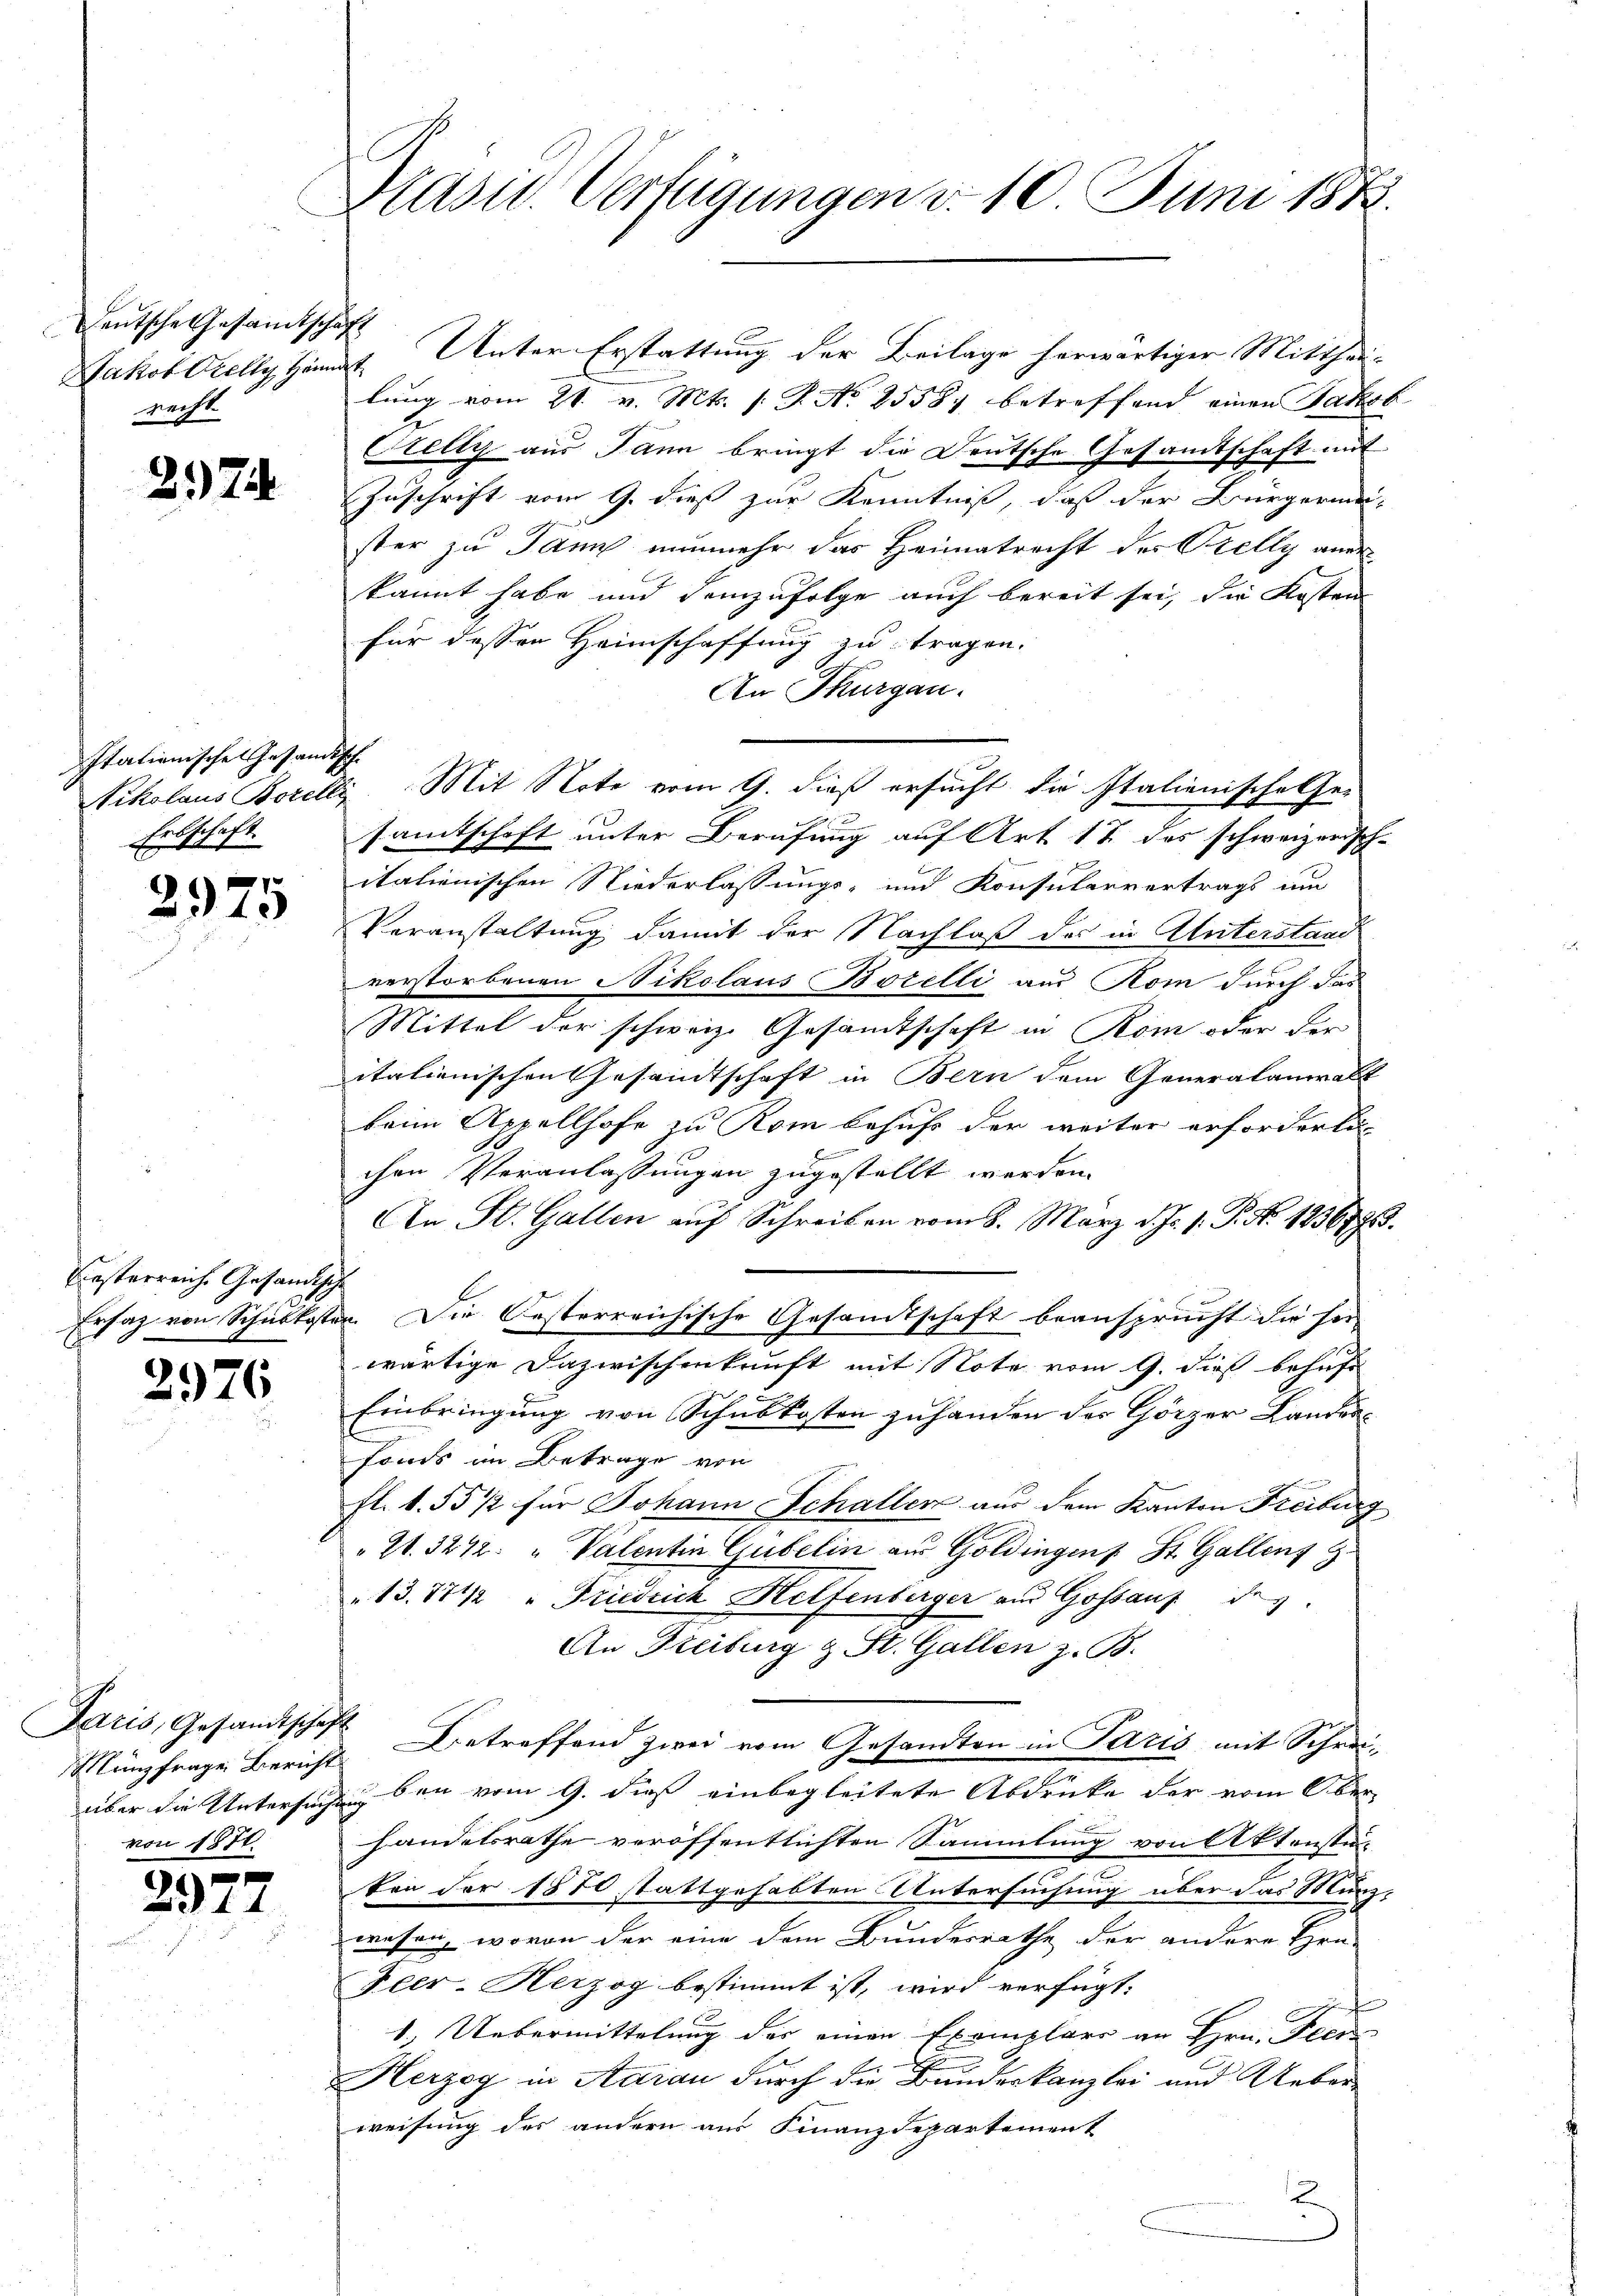
deutsche Gesandtschaft
recht.

274

Italienische Gesandtsche
Erbschaft.

2975

Besterreiche Gesandtische

2976

Daris, Gesandtschaft
von 1874.

2977

Präsid. Verfügungen v. 10 Juni 1873.

Jakob Grelly Hängt. Unter Erstattung der Beilage herwärtiger Mittheilung vom 21. v. Mts. (T. No 25587 betreffend einen Jakob
Orelly aus Jann bringt die Deutsche Gesandtschaft mit
Zuschrift vom 9. dieß zur Kenntniß, daß der Bürgermeister zu Pann nunmehr das Heimatrecht des Prelly aner
kannt habe und demzufolge auch bereit sei, die Kosten
für dessen Heimschaffung zu tragen.
An Thurgau.
Tikolaus Borelli. Mit Note vom 9. dieß ersucht die Italienischelsei
a
samtschaft unter Berufung auf Art 12 das schweizerisch-
italienischen Niederlassungs- und Konsularvertrags um
Voranstaltung damit der Nachlaß des in Unterstand
verstorbenen Nikolaus Borelli aus Rom durch das
Mittel der schweiz. Gesandtschaft in Rom oder der
italienischen Gesandtschaft in Bern dem Generalanwalt
beim Appellhofe zu Rom behufs der weiter erforderli
Brunnen
chen Veranlassungen zugestellt werden.
An St. Gallen auf Schreiben vom 8. März d. Js. v. P. Nr. 1836773.
Ersatz von Schulkosten. Die Oesterreichische Gesandtschaft beansprucht die sei
wärtige Dazwischenkunft mit Note vom 9. dieß behufe
Einbringung von Schubkosten zu handen der Görzer Landonfonds im Betrage von
fl. 1. 55 1/2 für Johann Schaller aus dem Kanton Freiburg
21. 3242: „Valentin Gubelin aus Goldingens St. Gallenz Z.
"13.17 1/2 " Friedrich Helfenberger am Gossauf des
An Freiburg z. St. Gallen z. B.
Münzfrage Bericht Betreffend zwei vom Gesandten in Paris mit Schrei-
über die Untersuchung den vom 9. dieß einbegleitete Abdrücke der vom Ober
handelsrathe veröffentlichten Sammlung von Aktenstüten der 1870 stattgehabten Untersuchung über das Münzwesen, wovon der eine dem Bundesrathe der andere Hrn.
Peer-Herzog bestimmt ist, wird verfügt:
1.) Uebermittelung der einen Exemplare an Hrn. Fees
Herzog in Aarau durch die Bundeskanzlei und Ueber-
weisung des andern aus Finanzdepartement